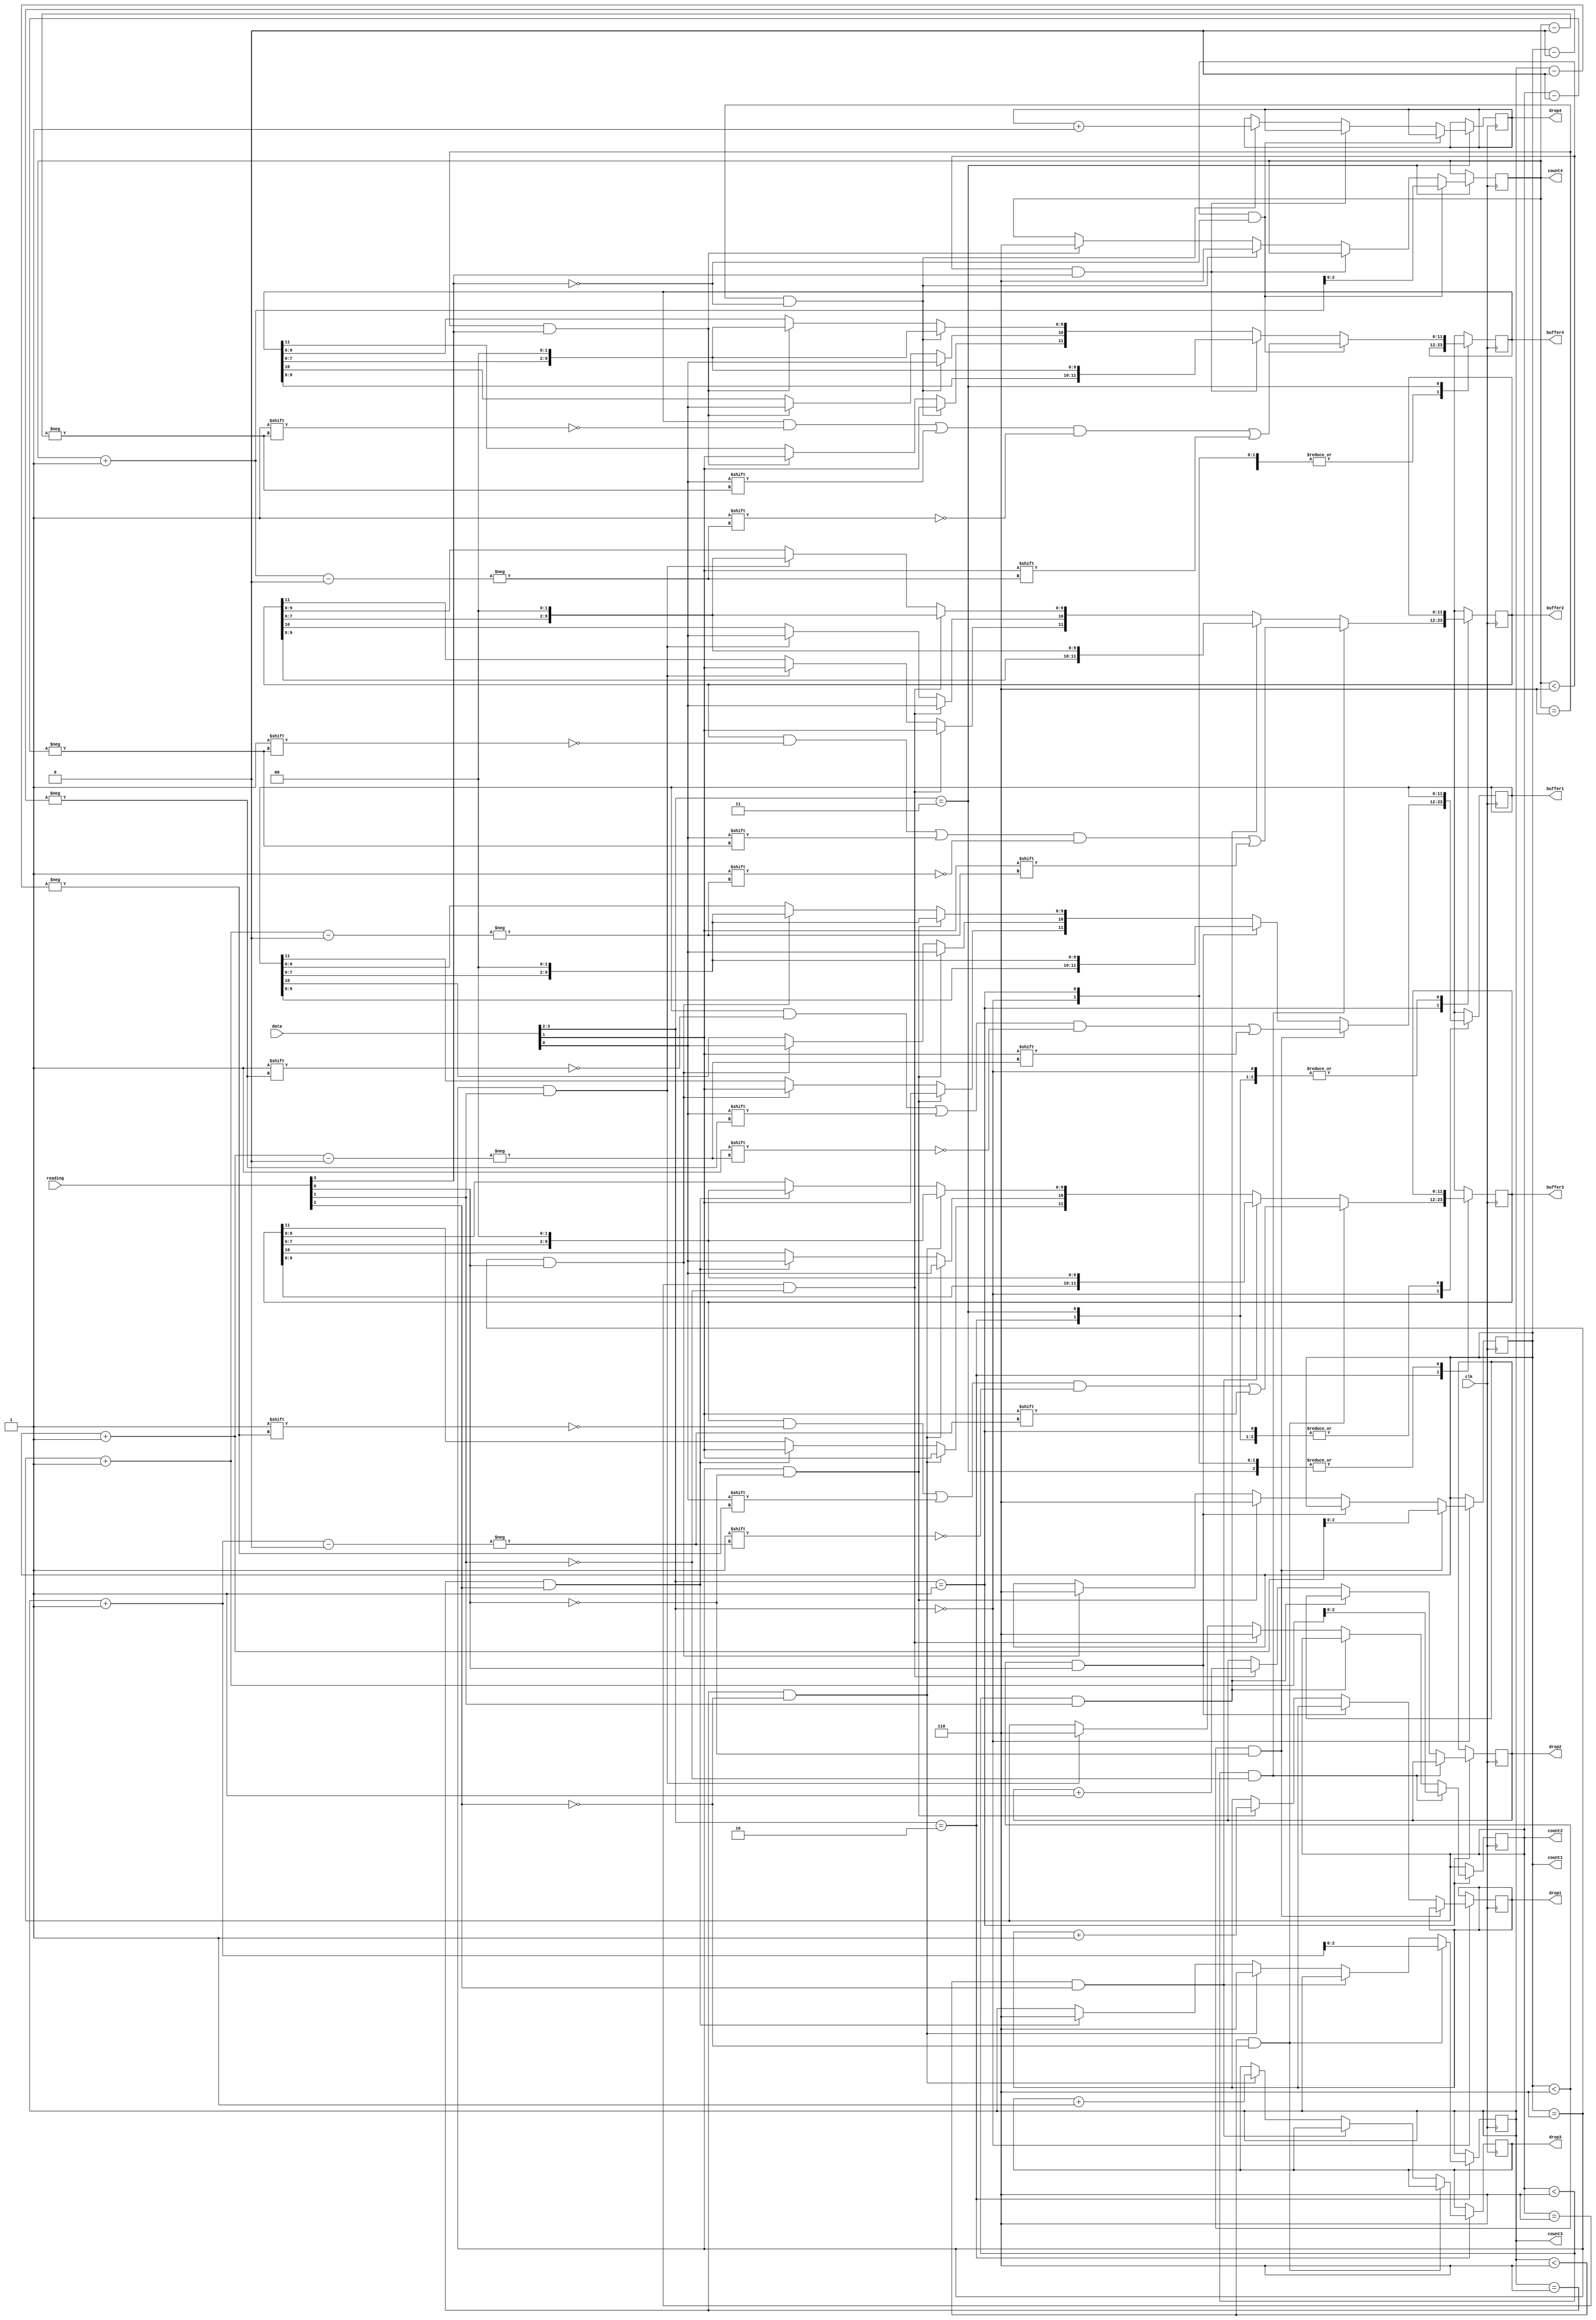
module writing(data,reading,count1,count2,count3,count4,drop1,drop2,drop3,drop4,buffer1,buffer2,buffer3,buffer4,clk);
	
	input clk;
	input [3:0] data;
	input [3:0]reading;
	
	output reg [2:0]count1,count2,count3,count4;
	output reg [15:0] drop1,drop2,drop3,drop4;
	output reg [11:0] buffer1,buffer2,buffer3,buffer4;
	
	
	always@(posedge clk) begin

		// When there is no data coming, it does not decrease the count while reading.?
		// We can use case for reading.
		// Also, sensitivity list for always block is not determined.
		// There are two of them:data and reading.?
		
		case(data[3:2])
		
			2'd0:begin 
			if (count1<6 && reading[0]==0)begin
				buffer1[count1]<=data[0];
				buffer1[count1+1]<=data[1];
				count1<=count1+1;
				end
			else if (count1<6 && reading[0]==1)begin
				buffer1[count1]<=data[0];
				buffer1[count1+1]<=data[1];
				count1<=count1;
				buffer1<=buffer1<<2;
				end
			else if (count1==6 && reading[0]==0)begin
				count1<=3'd6;
				drop1<=drop1+1;
				buffer1<=buffer1<<2;
				buffer1[10]<=data[0];
				buffer1[11]<=data[1];
				end
			else if (count1==6 && reading[0]==1) begin
				count1<=3'd6;
				drop1<=drop1;
				buffer1<=buffer1<<2;
				buffer1[10]<=data[0];
				buffer1[11]<=data[1];
				end
			end
			
			2'd1:begin
			if (count2<6 && reading[1]==0)begin
				buffer2[count2]<=data[0];
				buffer2[count2+1]<=data[1];
				count2<=count2+1;
				end
			else if (count2<6 && reading[1]==1)begin
				buffer2[count2]<=data[0];
				buffer2[count2+1]<=data[1];
				count2<=count2;
				buffer2<=buffer2<<2;
				end
			else if (count2==6 && reading[1]==0)begin
				count2<=3'd6;
				drop2<=drop2+1;
				buffer2<=buffer2<<2;
				buffer2[10]<=data[0];
				buffer2[11]<=data[1];
				end
			else if (count1==6 && reading[1]==1) begin
				count2<=3'd6;
				drop2<=drop2;
				buffer2<=buffer2<<2;
				buffer2[10]<=data[0];
				buffer2[11]<=data[1];
				end
			end
			
			2'd2:begin
			if (count3<6 && reading[2]==0)begin
				buffer3[count3]<=data[0];
				buffer3[count3+1]<=data[1];
				count3<=count3+1;
				end
			else if (count3<6 && reading[2]==1)begin
				buffer3[count3]<=data[0];
				buffer3[count3+1]<=data[1];
				count3<=count3;
				buffer3<=buffer3<<2;
				end
			else if (count3==6 && reading[2]==0)begin
				count3<=3'd6;
				drop3<=drop3+1;
				buffer3<=buffer3<<2;
				buffer3[10]<=data[0];
				buffer3[11]<=data[1];
				end
			else if (count3==6 && reading[2]==1) begin
				count3<=3'd6;
				drop3<=drop3;
				buffer3<=buffer3<<2;
				buffer3[10]<=data[0];
				buffer3[11]<=data[1];
				end
			end
			
			2'd3:begin
			if (count4<6 && reading[3]==0)begin
				buffer4[count4]<=data[0];
				buffer4[count4+1]<=data[1];
				count4<=count4+1;
				end
			else if (count4<6 && reading[3]==1)begin
				buffer4[count4]<=data[0];
				buffer4[count4+1]<=data[1];
				count4<=count4;
				buffer4<=buffer4<<2;
				end
			else if (count4==6 && reading[3]==0)begin
				count4<=3'd6;
				drop4<=drop4+1;
				buffer4<=buffer4<<2;
				buffer4[10]<=data[0];
				buffer4[11]<=data[1];
				end
			else if (count4==6 && reading[3]==1) begin
				count4<=3'd6;
				drop4<=drop4;
				buffer4<=buffer4<<2;
				buffer4[10]<=data[0];
				buffer4[11]<=data[1];
				end
			end
		
	endcase
	
	end
	
endmodule